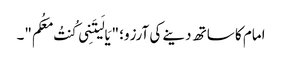
امام کا ساتھ دینے کی آرزو؛ "یَا لَیتَنِی کُنتُ مَعَکُم"۔